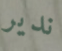
ندير